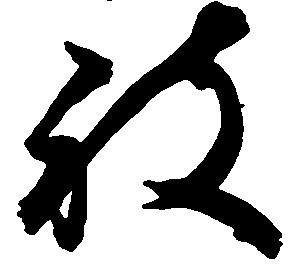
被